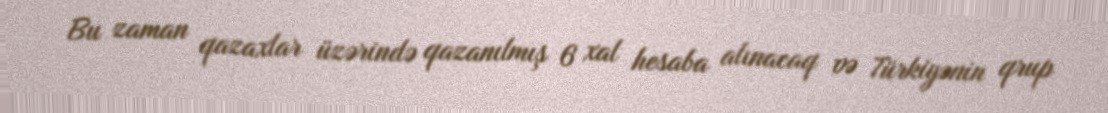
Bu zaman qazaxlar üzərində qazanılmış 6 xal hesaba alınacaq və Türkiyənin qrup